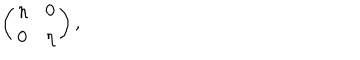
LaTeX: \left( \begin{array} { c c } { { \eta } } & { { 0 } } \\ { { 0 } } & { { \eta } } \\ \end{array} \right) ,